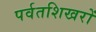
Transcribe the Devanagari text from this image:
पर्वतशिखरों